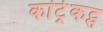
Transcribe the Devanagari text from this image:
कांट्रेकट्स